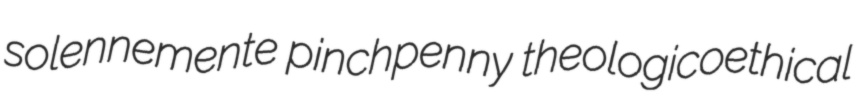
solennemente pinchpenny theologicoethical